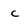
Character: c